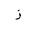
Letter: _zay